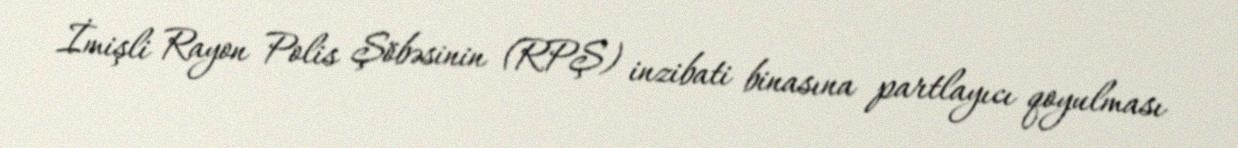
İmişli Rayon Polis Şöbəsinin (RPŞ) inzibati binasına partlayıcı qoyulması